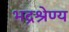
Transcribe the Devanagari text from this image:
भद्रश्रेण्य